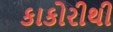
કાકોરીથી